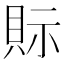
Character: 𧵋